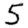
Digit: 5